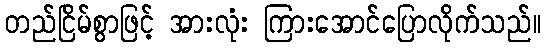
တည်ငြိမ်စွာဖြင့် အားလုံး ကြားအောင်ပြောလိုက်သည်။